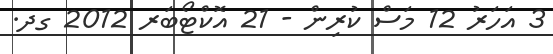
3 އަހަރު 12 މަސް ކުރިން - 21 އޮކްޓޯބަރ 2012 ގދ.